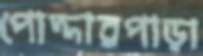
পোদ্দারপাড়া